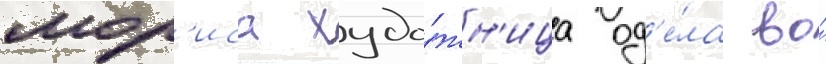
мор'иса худо́жн'ица од'е́ла во́